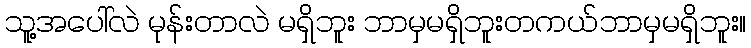
သူ့အပေါ်လဲ မုန်းတာလဲ မရှိဘူး ဘာမှမရှိဘူးတကယ်ဘာမှမရှိဘူး။